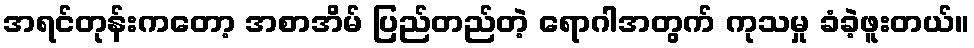
အရင်တုန်းကတော့ အစာအိမ် ပြည်တည်တဲ့ ရောဂါအတွက် ကုသမှု ခံခဲ့ဖူးတယ်။